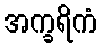
အက္ခရိကံ